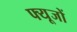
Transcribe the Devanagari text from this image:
फ्यूजों